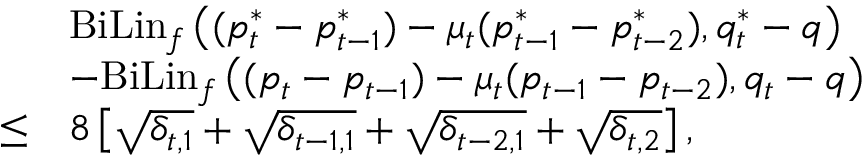
\begin{array} { r l } & { \mathrm { B i L i n } _ { f } \left( ( p _ { t } ^ { * } - p _ { t - 1 } ^ { * } ) - \mu _ { t } ( p _ { t - 1 } ^ { * } - p _ { t - 2 } ^ { * } ) , q _ { t } ^ { * } - q \right) } \\ & { - \mathrm { B i L i n } _ { f } \left( ( p _ { t } - p _ { t - 1 } ) - \mu _ { t } ( p _ { t - 1 } - p _ { t - 2 } ) , q _ { t } - q \right) } \\ { \leq } & { 8 \left[ \sqrt { \delta _ { t , 1 } } + \sqrt { \delta _ { t - 1 , 1 } } + \sqrt { \delta _ { t - 2 , 1 } } + \sqrt { \delta _ { t , 2 } } \right] , } \end{array}